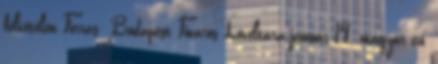
felvételen Forrás: Budapest Főváros Levéltára január 14. magyar író,